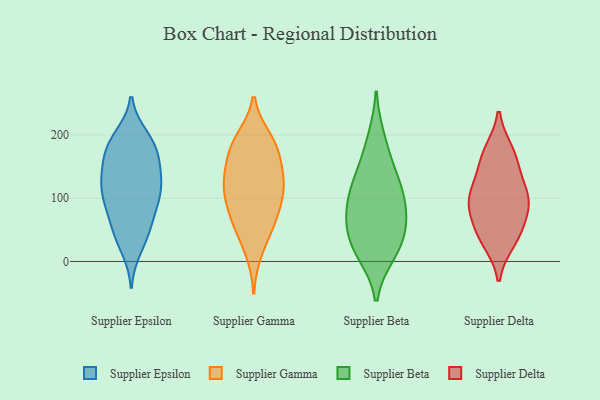
{"axis": {"x": "Net Income (USD K)", "y": "Value"}, "legend": ["Supplier Beta", "Supplier Delta", "Supplier Epsilon", "Supplier Gamma"], "data": [{"x": "", "y": 53, "type": "Supplier Epsilon"}, {"x": "", "y": 181, "type": "Supplier Epsilon"}, {"x": "", "y": 121, "type": "Supplier Epsilon"}, {"x": "", "y": 43, "type": "Supplier Epsilon"}, {"x": "", "y": 87, "type": "Supplier Epsilon"}, {"x": "", "y": 42, "type": "Supplier Epsilon"}, {"x": "", "y": 142, "type": "Supplier Epsilon"}, {"x": "", "y": 185, "type": "Supplier Epsilon"}, {"x": "", "y": 189, "type": "Supplier Epsilon"}, {"x": "", "y": 179, "type": "Supplier Epsilon"}, {"x": "", "y": 124, "type": "Supplier Epsilon"}, {"x": "", "y": 111, "type": "Supplier Epsilon"}, {"x": "", "y": 86, "type": "Supplier Epsilon"}, {"x": "", "y": 197, "type": "Supplier Epsilon"}, {"x": "", "y": 108, "type": "Supplier Epsilon"}, {"x": "", "y": 21, "type": "Supplier Epsilon"}, {"x": "", "y": 82, "type": "Supplier Epsilon"}, {"x": "", "y": 124, "type": "Supplier Epsilon"}, {"x": "", "y": 159, "type": "Supplier Epsilon"}, {"x": "", "y": 150, "type": "Supplier Epsilon"}, {"x": "", "y": 118, "type": "Supplier Gamma"}, {"x": "", "y": 179, "type": "Supplier Gamma"}, {"x": "", "y": 15, "type": "Supplier Gamma"}, {"x": "", "y": 190, "type": "Supplier Gamma"}, {"x": "", "y": 60, "type": "Supplier Gamma"}, {"x": "", "y": 180, "type": "Supplier Gamma"}, {"x": "", "y": 121, "type": "Supplier Gamma"}, {"x": "", "y": 91, "type": "Supplier Gamma"}, {"x": "", "y": 92, "type": "Supplier Gamma"}, {"x": "", "y": 135, "type": "Supplier Gamma"}, {"x": "", "y": 194, "type": "Supplier Gamma"}, {"x": "", "y": 114, "type": "Supplier Gamma"}, {"x": "", "y": 134, "type": "Supplier Gamma"}, {"x": "", "y": 160, "type": "Supplier Gamma"}, {"x": "", "y": 61, "type": "Supplier Gamma"}, {"x": "", "y": 54, "type": "Supplier Gamma"}, {"x": "", "y": 72, "type": "Supplier Beta"}, {"x": "", "y": 13, "type": "Supplier Beta"}, {"x": "", "y": 86, "type": "Supplier Beta"}, {"x": "", "y": 45, "type": "Supplier Beta"}, {"x": "", "y": 63, "type": "Supplier Beta"}, {"x": "", "y": 195, "type": "Supplier Beta"}, {"x": "", "y": 106, "type": "Supplier Beta"}, {"x": "", "y": 115, "type": "Supplier Beta"}, {"x": "", "y": 12, "type": "Supplier Beta"}, {"x": "", "y": 157, "type": "Supplier Beta"}, {"x": "", "y": 128, "type": "Supplier Beta"}, {"x": "", "y": 34, "type": "Supplier Beta"}, {"x": "", "y": 107, "type": "Supplier Delta"}, {"x": "", "y": 49, "type": "Supplier Delta"}, {"x": "", "y": 104, "type": "Supplier Delta"}, {"x": "", "y": 149, "type": "Supplier Delta"}, {"x": "", "y": 41, "type": "Supplier Delta"}, {"x": "", "y": 97, "type": "Supplier Delta"}, {"x": "", "y": 167, "type": "Supplier Delta"}, {"x": "", "y": 173, "type": "Supplier Delta"}, {"x": "", "y": 78, "type": "Supplier Delta"}, {"x": "", "y": 98, "type": "Supplier Delta"}, {"x": "", "y": 33, "type": "Supplier Delta"}]}